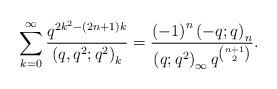
LaTeX: \begin{align*}\sum_{k=0}^{\infty}\frac{q^{2k^{2}-\left(2n+1\right)k}}{\left(q,q^{2};q^{2}\right)_{k}}=\frac{\left(-1\right)^{n}\left(-q;q\right)_{n}}{\left(q;q^{2}\right)_{\infty}q^{\binom{n+1}{2}}}.\end{align*}